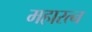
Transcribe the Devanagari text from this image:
महारत्‍न